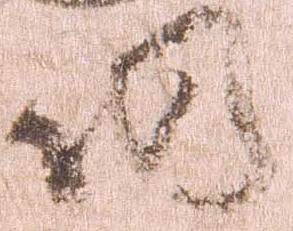
仍